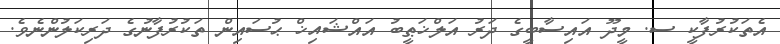
އެތަކުރުފާކީ ސ. މީދޫ އައިސާބީގެ ދަރު އަލްޚަޠީބު އައްޝައިޚް ޙުސައިން ތަކުރުފާނުގެ ދަރިކަލުންނެވެ.